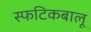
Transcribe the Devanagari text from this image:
स्फटिकबालू